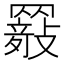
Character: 𦌤